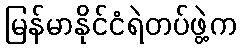
မြန်မာနိုင်ငံရဲတပ်ဖွဲ့က